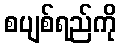
စပျစ်ရည်ကို